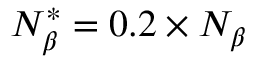
N _ { \beta } ^ { * } = 0 . 2 \times N _ { \beta }